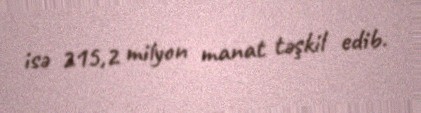
isə 215,2 milyon manat təşkil edib.